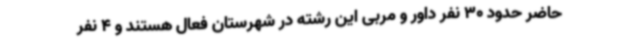
حاضر حدود 30 نفر داور و مربی این رشته در شهرستان فعال هستند و 4 نفر